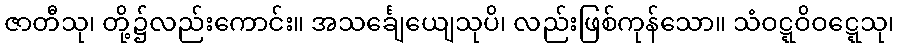
ဇာတီသု၊ တို့၌လည်းကောင်း။ အသင်္ချေယျေသုပိ၊ လည်းဖြစ်ကုန်သော။ သံဝဋ္ဋဝိဝဋ္ဋေသု၊